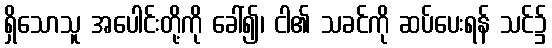
ရှိသောသူ အပေါင်းတို့ကို ခေါ်၍၊ ငါ၏ သခင်ကို ဆပ်ပေးရန် သင်၌